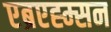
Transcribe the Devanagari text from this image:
एब्रएह्म्सन